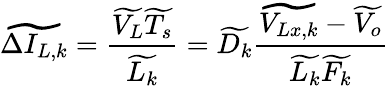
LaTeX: \widetilde{\Delta I_{L,k}}=\frac{\widetilde{V_{L}}\widetilde{T_{s}}}{\widetilde{L_{k}}}=\widetilde{D_{k}}\frac{\widetilde{V_{Lx,k}}-\widetilde{V_{o}}}{\widetilde{L_{k}}\widetilde{F_{k}}}